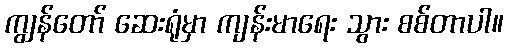
ကျွန်တော် ဆေးရုံမှာ ကျန်းမာရေး သွား စစ်တာပါ။